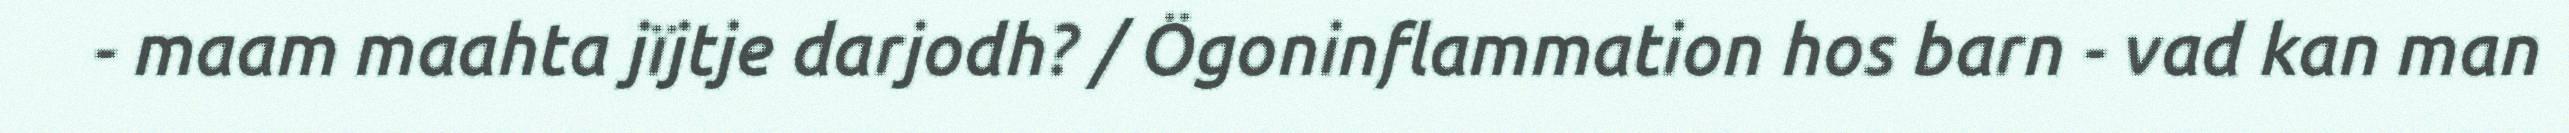
- maam maahta jïjtje darjodh? / Ögoninflammation hos barn - vad kan man